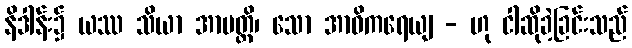
နိဒါန်း၌ ယဿ သိယာ အာပတ္တိ၊ သော အာဝိကရေယျ - ဟု ငါဆိုခဲ့ခြင်းသည်